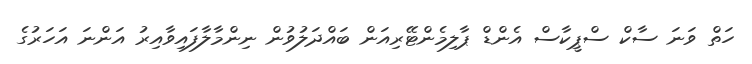
ހަތް ވަނަ ސާކް ސްޕީކާސް އެންޑް ޕާލިމެންޓޭރިއަން ބައްދަލުވުން ނިންމާލާފައިވާއިރު އަންނަ އަހަރުގެ